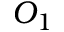
O _ { 1 }